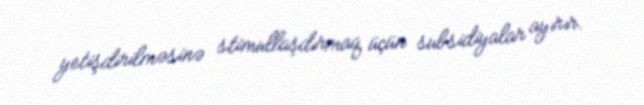
yetişdirilməsinə stimullaşdırmaq üçün subsidiyalar ayırır.